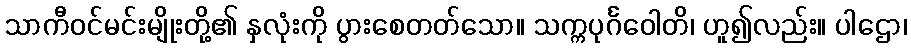
သာကီဝင်မင်းမျိုးတို့၏ နှလုံးကို ပွားစေတတ်သော။ သက္ကပုင်္ဂဝေါတိ၊ ဟူ၍လည်း။ ပါဌော၊